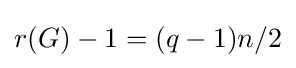
r(G)-1=(q-1)n/2